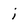
Character: j